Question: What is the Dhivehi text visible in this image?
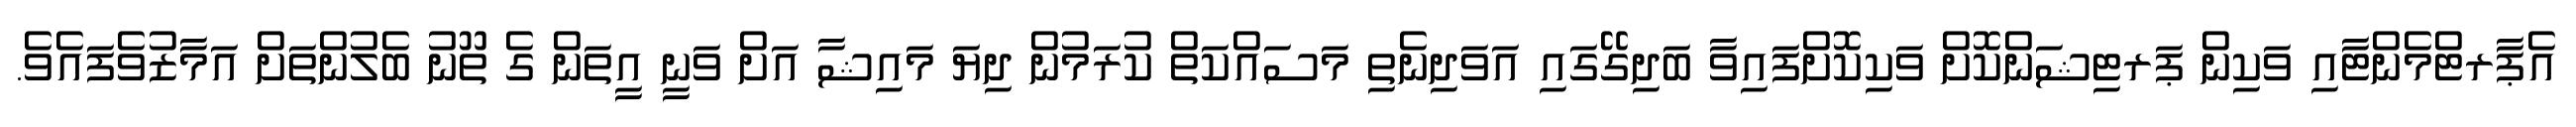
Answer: އެޕާރޓްމެންޓާއި ވަކިން ޕަރޓިޝަންކޮށް ވަކިކޮށްފައިވާ ބަދިގޭގައި އަވަދިނެތި މަސައްކަތް ކުރަމުން ދިޔަ މައިޝާ އަށް ވަނީ އީތަން ގެ ތޫނު ބެލުންތަށް އަމާޒުވެފައެވެ.